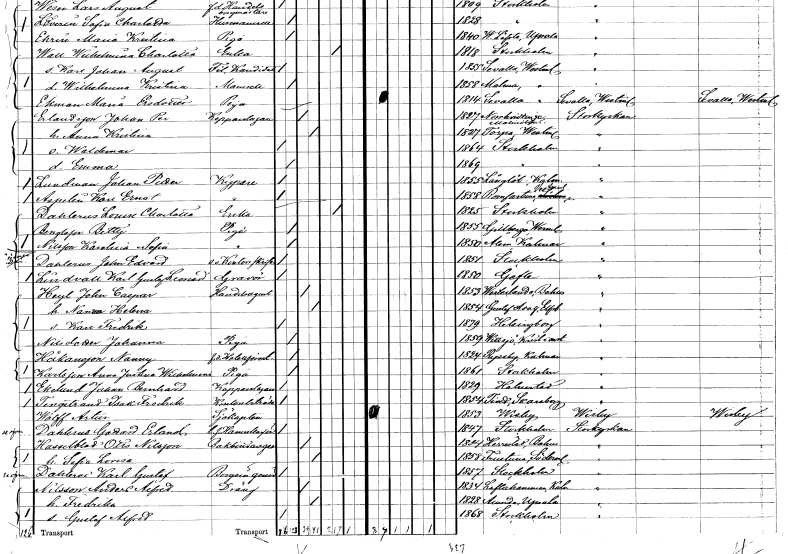
gt_parse: households: individuals: FN: Waldemar
KON: M
CIV: O
FODAR: 1864
FODFORS: Stockholm
FN: Emma
KON: K
CIV: O
FODAR: 1869
FODFORS: Stockholm
FN: Johan Petter
EN: Lundman
YRKE: Kypare
KON: M
CIV: O
FODAR: 1855
FODFORS: Långlöt Kalmar län
FN: Karl Ernst
EN: Aspelin
YRKE: Kypare
KON: M
CIV: O
FODAR: 1858
FODFORS: Romfartuna Västmanlands län
FN: Louise Charlotta
EN: Dahlerus
YRKE: Änka
KON: K
CIV: E
FODAR: 1825
FODFORS: Stockholm
FN: Betty
EN: Bengtsson
YRKE: Piga
KON: K
CIV: O
FODAR: 1855
FODFORS: Gillberga Södermanlands län
FN: Karolina Sofia
EN: Nilsson
YRKE: Piga
KON: K
CIV: O
FODAR: 1850
FODFORS: Ålem Kalmar län
FN: John Edvard
EN: Dahlerus
YRKE: Kontorsskrivare e. o.
KON: M
CIV: O
FODAR: 1851
FODFORS: Stockholm
FN: Gottard Erland
EN: Dahlerus
YRKE: Hamnkapten f.d.
KON: M
CIV: O
FODAR: 1847
FODFORS: Stockholm
FN: Karl Gustaf
EN: Dahlerus
YRKE: Bokbindaregesäll
KON: M
CIV: O
FODAR: 1857
FODFORS: Stockholm
FN: Karl Gustaf Leonard
EN: Lindvall
YRKE: Gravör
KON: M
CIV: O
FODAR: 1850
FODFORS: Gävle Gävleborgs län
FN: John Casper
EN: Heyl
YRKE: Handelsagent
KON: M
CIV: G
FODAR: 1853
FODFORS: Västerlanda Älvsborgs län
FN: Nanna Helena
KON: K
CIV: G
FODAR: 1854
FODFORS: Gustav Adolf Älvsborgs län
FN: Karl Fredrik
KON: M
CIV: O
FODAR: 1879
FODFORS: Hälsingborg Malmöhus län
FN: Johanna
EN: Nilsdotter
YRKE: Piga
KON: K
CIV: O
FODAR: 1859
FODFORS: Vittsjö Kristianstads län
FN: Nanny
EN: Håkansson
YRKE: Hotellförestånderska f.d.
KON: K
CIV: O
FODAR: 1824
FODFORS: Ryssby Kalmar län
FN: Anna Justina Wilhelmina
EN: Karlsson
YRKE: Piga
KON: K
CIV: O
FODAR: 1861
FODFORS: Stockholm
FN: Johan Bernhard
EN: Ekelund
YRKE: Kopparslagare
KON: M
CIV: O
FODAR: 1829
FODFORS: Halmstad Hallands län
FN: Isak Fredrik
EN: Tingstrand
YRKE: Kontorsbiträde
KON: M
CIV: O
FODAR: 1854
FODFORS: Tived Örebro län
FN: Artur
EN: Wolff
YRKE: Sjökapten
KON: M
CIV: O
FODAR: 1853
FODFORS: Visby Gotlands län
FN: Otto
EN: Hasselblad Nilsson
YRKE: Bokbindaregesäll
KON: M
CIV: G
FODAR: 1854
FODFORS: Herrestad Göteborgs- och Bohuslän
FN: Sofia Lovisa
KON: K
CIV: G
FODAR: 1858
FODFORS: Frustuna Södermanlands län
FN: Anders Alfred
EN: Nilsson
YRKE: Dräng
KON: M
CIV: G
FODAR: 1834
FODFORS: Loftahammar Kalmar län
FN: Fredrika
KON: K
CIV: G
FODAR: 1828
FODFORS: Alunda Uppsala län
FN: Gustaf Alfred
KON: M
CIV: O
FODAR: 1868
FODFORS: Stockholm